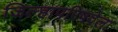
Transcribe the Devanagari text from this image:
जिल्हापरिषदेला